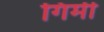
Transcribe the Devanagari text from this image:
गिर्मी